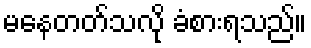
မနေတတ်သလို ခံစားရသည်။